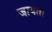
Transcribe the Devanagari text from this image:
जायता